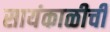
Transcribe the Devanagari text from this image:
सायंकाळीची